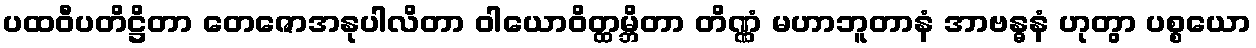
ပထဝီပတိဋ္ဌိတာ တေဇောအနုပါလိတာ ဝါယောဝိတ္ထမ္ဘိတာ တိဏ္ဏံ မဟာဘူတာနံ အာဗန္ဓနံ ဟုတွာ ပစ္စယော